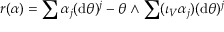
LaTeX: r ( \alpha ) = \sum \alpha _ { j } ( \mathrm { d } \theta ) ^ { j } - \theta \wedge \sum ( \iota _ { V } \alpha _ { j } ) ( \mathrm { d } \theta ) ^ { j }